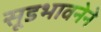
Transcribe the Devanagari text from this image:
सूडभावनेने